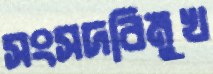
সংসদবিমুখ